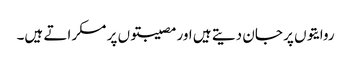
روایتوں پر جان دیتے ہیں اور مصیبتوں پر مسکراتے ہیں۔